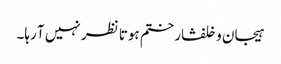
ہیجان وخلفشار ختم ہوتا نظر نہیں آ رہا۔